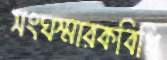
সংঘস্মারকবিধি